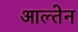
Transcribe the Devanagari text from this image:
आल्तेन